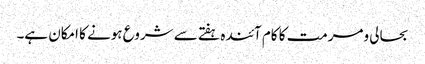
بحالی ومرمت کا کام آئندہ ہفتے سے شروع ہونے کا امکان ہے۔